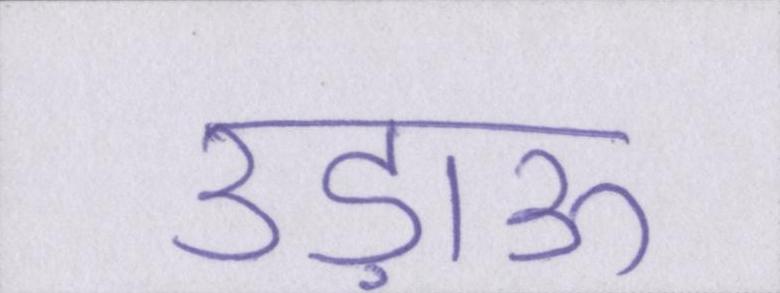
उड़ाऊ